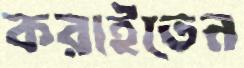
করাইতেন